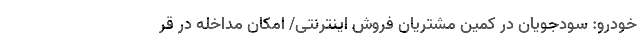
خودرو: سودجویان در کمین مشتریان فروش اینترنتی/ امکان مداخله در قر